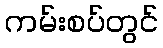
ကမ်းစပ်တွင်